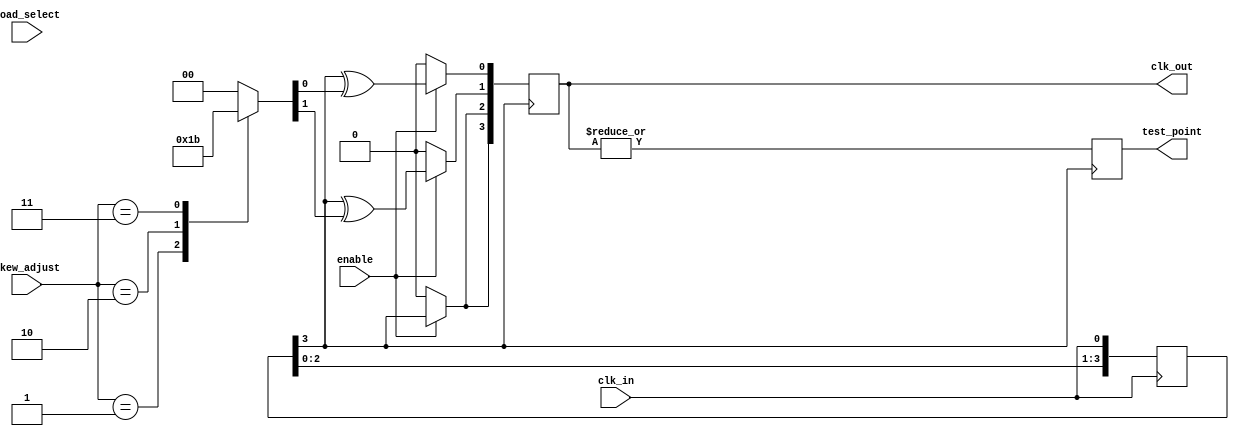
module skew_optimized_clock_buffer (
    input wire clk_in,               // Clock input
    input wire enable,               // Enable signal for outputs
    input wire [2:0] skew_adjust,    // Skew adjustment control
    input wire [3:0] load_select,    // Load capacitance selection
    output reg [3:0] clk_out,        // Output clock signals
    output reg test_point             // Test point for monitoring
);

    // Internal signals
    reg [3:0] delay_elements;         // Delay elements for skew optimization
    reg [3:0] clk_buffer;             // Buffered clock signals
    reg [3:0] adjusted_clk_out;       // Adjusted output clocks

    // Input buffering stage
    always @(posedge clk_in) begin
        clk_buffer <= {clk_buffer[2:0], clk_in}; // Shift in the clock signal
    end

    // Skew optimization logic
    always @(*) begin
        case (skew_adjust)
            3'b000: delay_elements = 4'b0000; // No delay
            3'b001: delay_elements = 4'b0001; // Small delay
            3'b010: delay_elements = 4'b0010; // Moderate delay
            3'b011: delay_elements = 4'b0011; // Larger delay
            // Additional cases can be added for more fine-tuning
            default: delay_elements = 4'b0000;
        endcase
    end

    // Output generation with skew adjustment
    always @(posedge clk_buffer[3]) begin
        if (enable) begin
            clk_out[0] <= clk_buffer[3] ^ delay_elements[0]; // XOR for skew adjustment
            clk_out[1] <= clk_buffer[3] ^ delay_elements[1];
            clk_out[2] <= clk_buffer[3] ^ delay_elements[2];
            clk_out[3] <= clk_buffer[3] ^ delay_elements[3];
        end else begin
            clk_out <= 4'b0000; // Disable outputs
        end
    end

    // Testability feature
    always @(posedge clk_buffer[3]) begin
        test_point <= |(clk_out); // Monitor if any output is active
    end

    // Power management logic (optional)
    always @(*) begin
        if (enable) begin
            // Logic to manage power based on load_select
            // This can be extended to implement low-power modes
        end
    end

endmodule